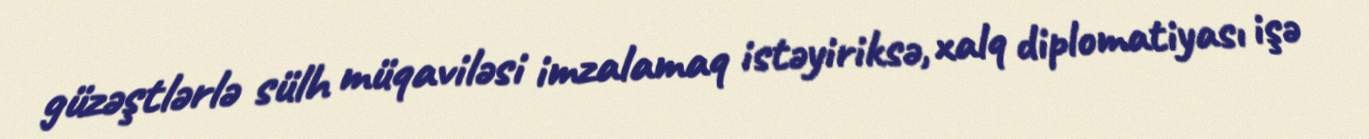
güzəştlərlə sülh müqaviləsi imzalamaq istəyiriksə, xalq diplomatiyası işə